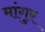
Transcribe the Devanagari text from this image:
मांगुर